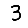
Digit: 3